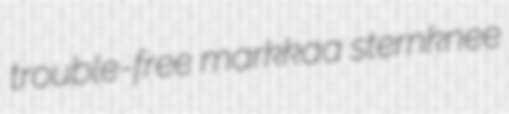
trouble-free markkaa sternknee